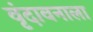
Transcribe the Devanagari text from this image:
वृंदावनाला